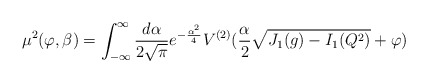
\begin{align*}\mu^2(\varphi,\beta) = \int^\infty_{-\infty} {\frac {d\alpha}{2\sqrt{\pi}}}e^{-{\frac {\alpha^2}{4}}} V^{(2)}({\frac {\alpha}{2}}\sqrt{J_1(g)- I_1 (Q^2)}+\varphi)\end{align*}